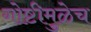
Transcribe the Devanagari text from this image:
गोष्टीमुळेच